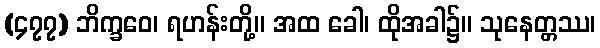
(၄၇၇) ဘိက္ခဝေ၊ ရဟန်းတို့။ အထ ခေါ၊ ထိုအခါ၌။ သုနေတ္တဿ၊